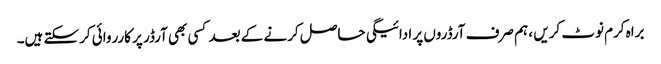
براہ کرم نوٹ کریں ، ہم صرف آرڈروں پر ادائیگی حاصل کرنے کے بعد کسی بھی آرڈر پر کارروائی کرسکتے ہیں۔